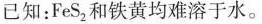
已知：FeS_{2}和铁黄均难溶于水。